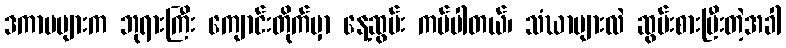
ဒကာမများက ဘုရားကြီး ကျောင်းတိုက်မှာ နေ့ဆွမ်း ကပ်ပါတယ်၊ သံဃာများလဲ ဆွမ်းစားပြီးတဲ့အခါ